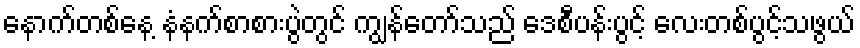
နောက်တစ်နေ့ နံနက်စာစားပွဲတွင် ကျွန်တော်သည် ဒေစီပန်းပွင့် လေးတစ်ပွင့်သဖွယ်